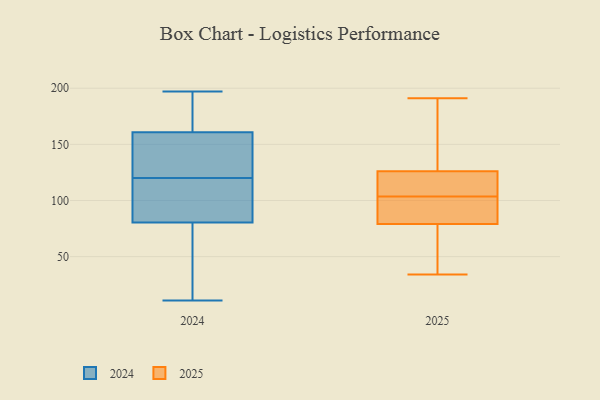
{"axis": {"x": "Inventory Turnover", "y": "Value"}, "legend": ["2024", "2025"], "data": [{"x": "", "y": 101, "type": "2024"}, {"x": "", "y": 197, "type": "2024"}, {"x": "", "y": 185, "type": "2024"}, {"x": "", "y": 94, "type": "2024"}, {"x": "", "y": 76, "type": "2024"}, {"x": "", "y": 142, "type": "2024"}, {"x": "", "y": 120, "type": "2024"}, {"x": "", "y": 11, "type": "2024"}, {"x": "", "y": 22, "type": "2024"}, {"x": "", "y": 194, "type": "2024"}, {"x": "", "y": 40, "type": "2024"}, {"x": "", "y": 130, "type": "2024"}, {"x": "", "y": 134, "type": "2024"}, {"x": "", "y": 98, "type": "2024"}, {"x": "", "y": 167, "type": "2024"}, {"x": "", "y": 94, "type": "2025"}, {"x": "", "y": 172, "type": "2025"}, {"x": "", "y": 162, "type": "2025"}, {"x": "", "y": 93, "type": "2025"}, {"x": "", "y": 126, "type": "2025"}, {"x": "", "y": 102, "type": "2025"}, {"x": "", "y": 36, "type": "2025"}, {"x": "", "y": 117, "type": "2025"}, {"x": "", "y": 88, "type": "2025"}, {"x": "", "y": 109, "type": "2025"}, {"x": "", "y": 79, "type": "2025"}, {"x": "", "y": 114, "type": "2025"}, {"x": "", "y": 56, "type": "2025"}, {"x": "", "y": 185, "type": "2025"}, {"x": "", "y": 34, "type": "2025"}, {"x": "", "y": 48, "type": "2025"}, {"x": "", "y": 191, "type": "2025"}, {"x": "", "y": 105, "type": "2025"}]}